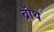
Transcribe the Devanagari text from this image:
ब्रोथ